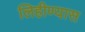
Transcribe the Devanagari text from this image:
लिहीण्यास